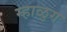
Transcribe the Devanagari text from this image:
म्हाळुग